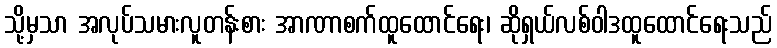
သို့မှသာ အလုပ်သမားလူတန်းစား အာဏာစက်ထူထောင်ရေး၊ ဆိုရှယ်လစ်ဝါဒထူထောင်ရေးသည်